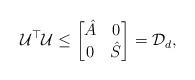
LaTeX: \begin{align*} \mathcal{U}^\top\mathcal{U} \le \begin{bmatrix} \hat{A} & 0 \\ 0 & \hat{S} \end{bmatrix} = \mathcal{D}_d,\end{align*}